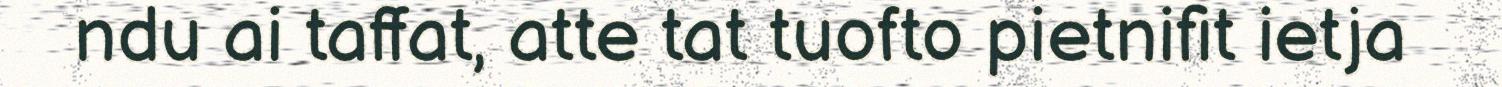
ndu ai taffat, atte tat tuofto pietnifit ietja